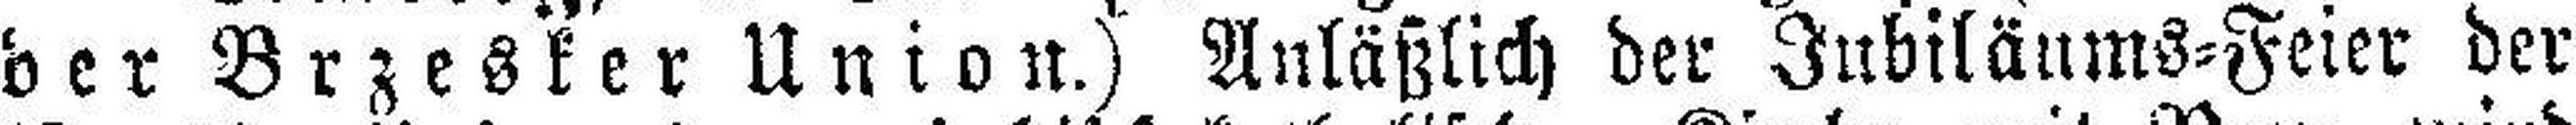
der Brzesker Union.) Anläßlich der Jubiläums=Feier der